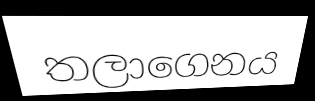
තලාගෙනය